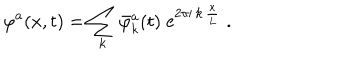
LaTeX: \varphi ^ { a } ( x , t ) = \sum _ { k } \bar { \varphi } _ { k } ^ { a } ( t ) \; \mathrm { e } ^ { 2 \pi \mathrm { i } \, k \, \frac { x } { L } } \; .